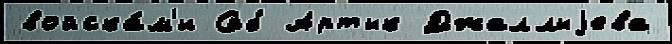
войска́м'и Спб Артык Джаллыjева